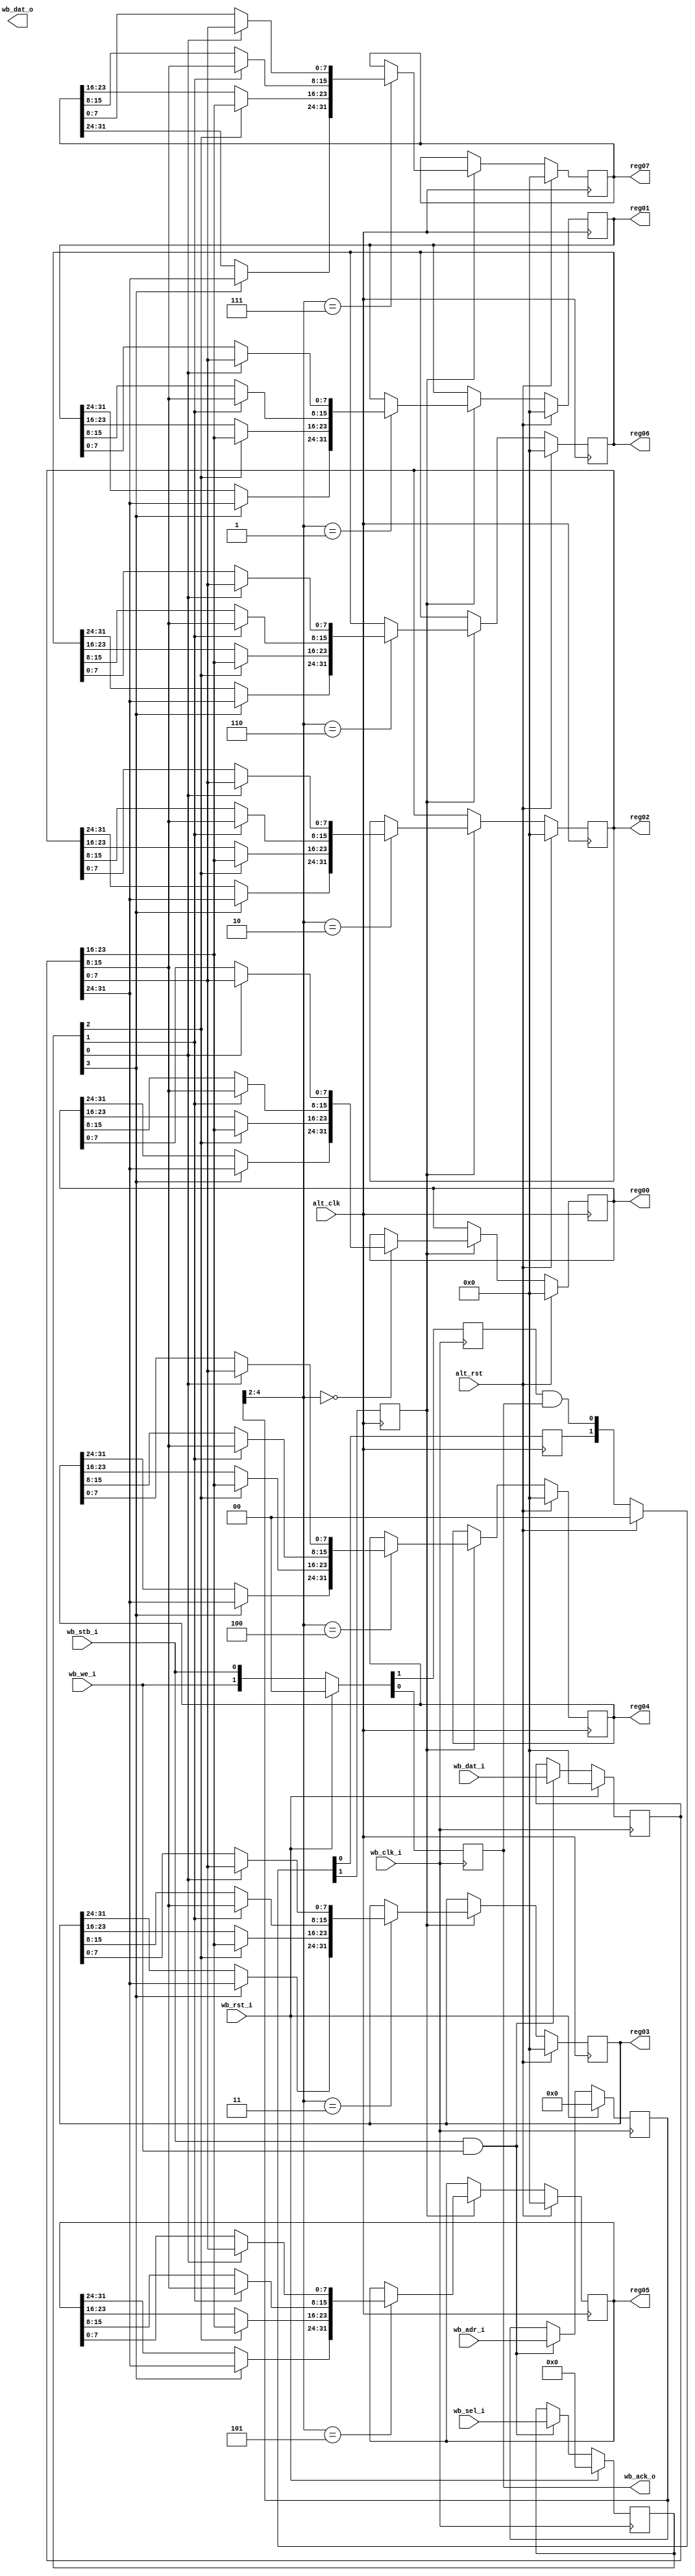
module wb_regfile_2clock
  (input wb_clk_i,
   input wb_rst_i,
   input wb_stb_i,
   input wb_we_i,
   input [15:0] wb_adr_i,
   input [3:0] wb_sel_i,
   input [31:0] wb_dat_i,
   output [31:0] wb_dat_o,
   output wb_ack_o,
   input alt_clk,
   input alt_rst,
   
   output reg [31:0] reg00,
   output reg [31:0] reg01,
   output reg [31:0] reg02,
   output reg [31:0] reg03,
   output reg [31:0] reg04,
   output reg [31:0] reg05,
   output reg [31:0] reg06,
   output reg [31:0] reg07
   );

   reg [15:0] 	 addr_reg;
   reg [3:0] 	 sel_reg;
   reg [31:0] 	 dat_reg;
   reg 		 wr_ret1, wr_ret2, we_reg, stb_reg;
   
   always @(posedge wb_clk_i)
     if(wb_rst_i)
       begin
	  addr_reg <= 0;
	  sel_reg <= 0;
	  dat_reg <= 0;
       end
     else if(wb_stb_i & wb_we_i)
       begin
	  addr_reg <= wb_adr_i;
	  sel_reg <= wb_sel_i;
	  dat_reg <= wb_dat_i;
       end
   
   always @(posedge wb_clk_i)
     if(wb_rst_i)
       {we_reg,stb_reg} <= 2'b0;
     else
       {we_reg,stb_reg} <= {wb_we_i,wb_stb_i};

   assign wb_ack_o = stb_reg;
   
   always @(posedge alt_clk)
     if(alt_rst)
       {wr_ret2, wr_ret1} <= 2'b0;
     else
       {wr_ret2, wr_ret1} <= {wr_ret1, we_reg & stb_reg};
   
   always @(posedge alt_clk)
     if(alt_rst)
       begin
	  reg00 <= 0;
	  reg01 <= 0;
	  reg02 <= 0;
	  reg03 <= 0;
	  reg04 <= 0;
	  reg05 <= 0;
	  reg06 <= 0;
	  reg07 <= 0;
       end // if (alt_rst)
     else if(wr_ret2)
       case(addr_reg[4:2])
	 3'd0: reg00 <= { {sel_reg[3] ? dat_reg[31:24] : reg00[31:24]},
			  {sel_reg[2] ? dat_reg[23:16] : reg00[23:16]},
			  {sel_reg[1] ? dat_reg[15:8] : reg00[15:8]},
			  {sel_reg[0] ? dat_reg[7:0] : reg00[7:0]}};
	 3'd1: reg01 <= { {sel_reg[3] ? dat_reg[31:24] : reg01[31:24]},
			  {sel_reg[2] ? dat_reg[23:16] : reg01[23:16]},
			  {sel_reg[1] ? dat_reg[15:8] : reg01[15:8]},
			  {sel_reg[0] ? dat_reg[7:0] : reg01[7:0]}};
	 3'd2: reg02 <= { {sel_reg[3] ? dat_reg[31:24] : reg02[31:24]},
			  {sel_reg[2] ? dat_reg[23:16] : reg02[23:16]},
			  {sel_reg[1] ? dat_reg[15:8] : reg02[15:8]},
			  {sel_reg[0] ? dat_reg[7:0] : reg02[7:0]}};
	 3'd3: reg03 <= { {sel_reg[3] ? dat_reg[31:24] : reg03[31:24]},
			  {sel_reg[2] ? dat_reg[23:16] : reg03[23:16]},
			  {sel_reg[1] ? dat_reg[15:8] : reg03[15:8]},
			  {sel_reg[0] ? dat_reg[7:0] : reg03[7:0]}};
	 3'd4: reg04 <= { {sel_reg[3] ? dat_reg[31:24] : reg04[31:24]},
			  {sel_reg[2] ? dat_reg[23:16] : reg04[23:16]},
			  {sel_reg[1] ? dat_reg[15:8] : reg04[15:8]},
			  {sel_reg[0] ? dat_reg[7:0] : reg04[7:0]}};
	 3'd5: reg05 <= { {sel_reg[3] ? dat_reg[31:24] : reg05[31:24]},
			  {sel_reg[2] ? dat_reg[23:16] : reg05[23:16]},
			  {sel_reg[1] ? dat_reg[15:8] : reg05[15:8]},
			  {sel_reg[0] ? dat_reg[7:0] : reg05[7:0]}};
	 3'd6: reg06 <= { {sel_reg[3] ? dat_reg[31:24] : reg06[31:24]},
			  {sel_reg[2] ? dat_reg[23:16] : reg06[23:16]},
			  {sel_reg[1] ? dat_reg[15:8] : reg06[15:8]},
			  {sel_reg[0] ? dat_reg[7:0] : reg06[7:0]}};
	 3'd7: reg07 <= { {sel_reg[3] ? dat_reg[31:24] : reg07[31:24]},
			  {sel_reg[2] ? dat_reg[23:16] : reg07[23:16]},
			  {sel_reg[1] ? dat_reg[15:8] : reg07[15:8]},
			  {sel_reg[0] ? dat_reg[7:0] : reg07[7:0]}};
       endcase // case(addr_reg[2:0])
   
endmodule